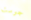
جوست